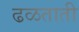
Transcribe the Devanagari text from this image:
ढळताती